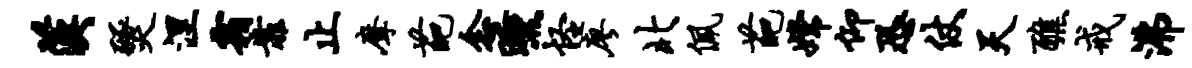
汉燹涅霜靠止摩葩念曛怪廖北佩葩嫦仰恐仗天醮戒沸